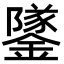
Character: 鐆